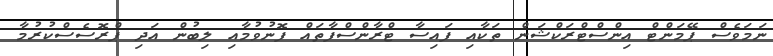
ނަމަވެސް ޕޭމަންޓް އިންސްޓްރަކްޝަން ތަކާއި ފައިސާ ޓްރާންސްފާތައް ފޮނުވުމާއި ލިބުން އަދި ޕްރޮސެސްކުރުމާ